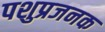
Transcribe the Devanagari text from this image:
पशुप्रजनक